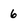
Character: 6